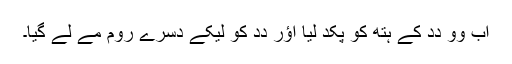
اَب وو دِدِ کے ہتھ کو پکد لِیا اؤر دِدِ کو لیکے دُسرے رُوم مے لے گیا۔